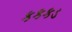
કકકડ